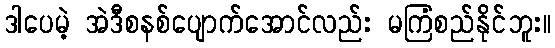
ဒါပေမဲ့ အဲဒီစနစ်ပျောက်အောင်လည်း မကြံစည်နိုင်ဘူး။